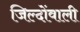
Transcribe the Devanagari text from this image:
जिल्दोंवाली